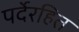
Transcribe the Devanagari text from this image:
पर्देरहित